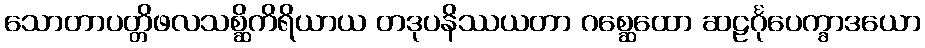
သောတာပတ္တိဖလသစ္ဆိကိရိယာယ တဒုပနိဿယတာ ဂစ္ဆေထော ဆဠင်္ဂုပေက္ခာဒယော